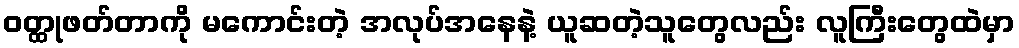
ဝတ္ထုဖတ်တာကို မကောင်းတဲ့ အလုပ်အနေနဲ့ ယူဆတဲ့သူတွေလည်း လူကြီးတွေထဲမှာ